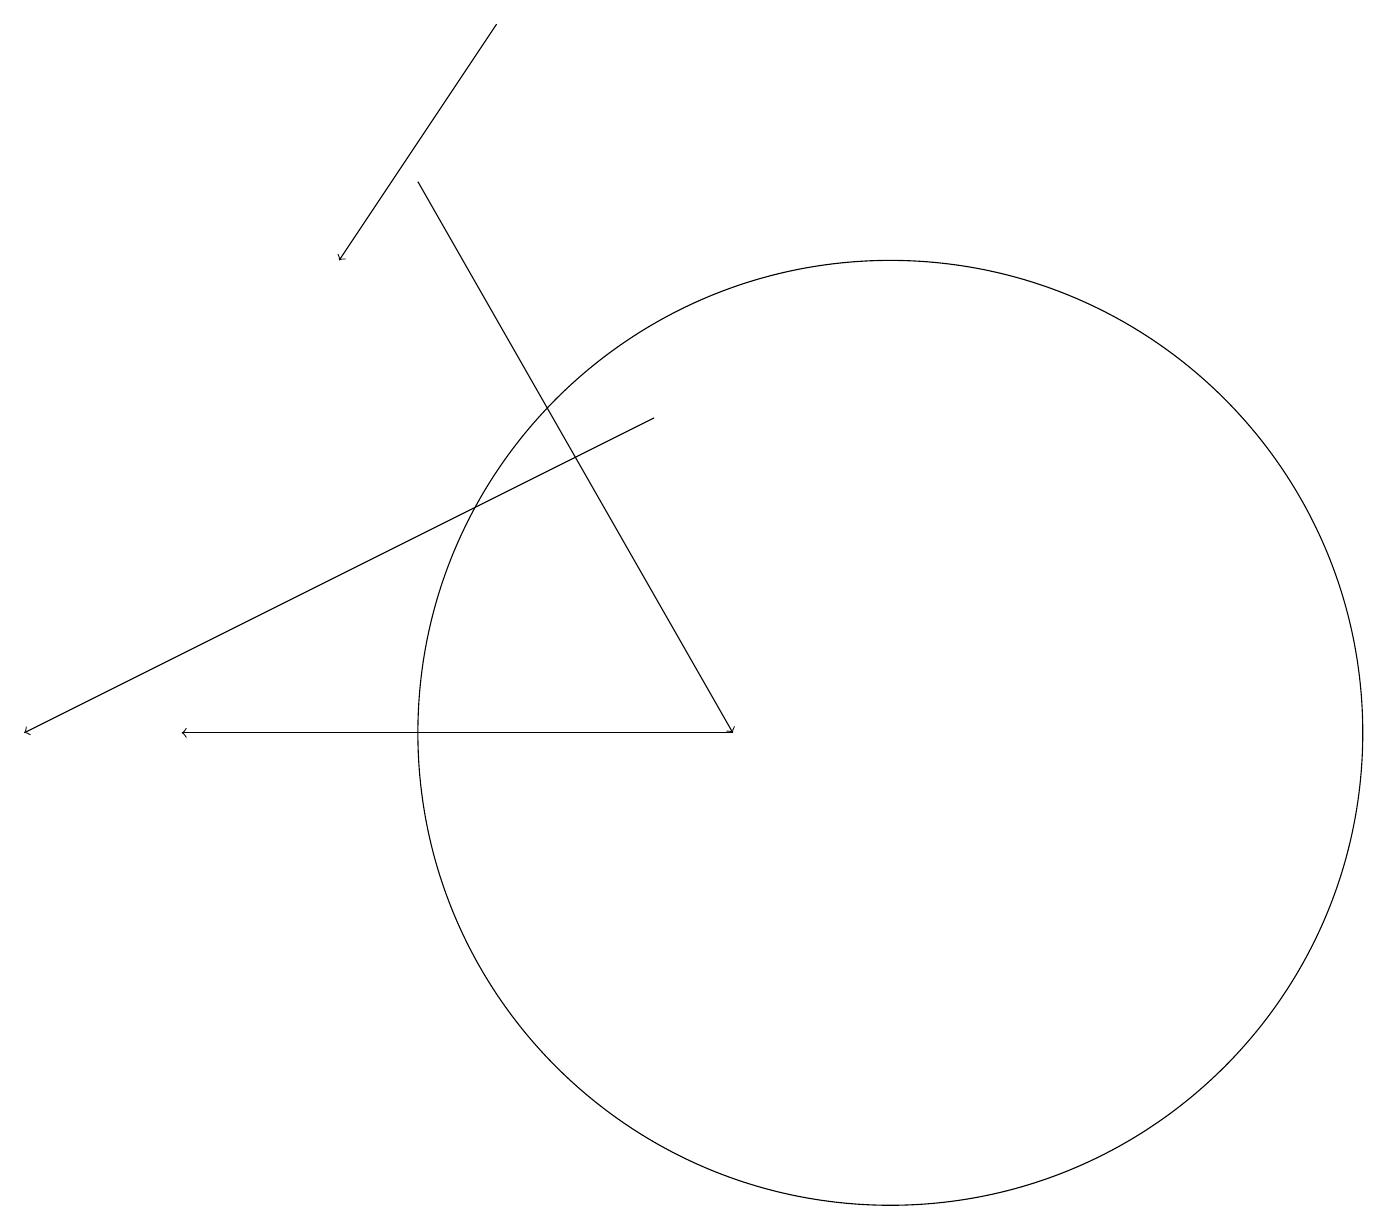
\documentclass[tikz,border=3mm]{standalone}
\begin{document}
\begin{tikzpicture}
\draw[->] (5,17) -- (9,10);
\draw[->] (8,14) -- (0,10);
\draw[->] (6,19) -- (4,16);
\draw[->] (9,10) -- (2,10);
\draw (11,10) circle (6);
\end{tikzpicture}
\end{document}